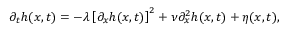
\partial _ { t } h ( x , t ) = - \lambda \left[ \partial _ { x } h ( x , t ) \right] ^ { 2 } + \nu \partial _ { x } ^ { 2 } h ( x , t ) + \eta ( x , t ) ,